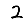
Digit: 2